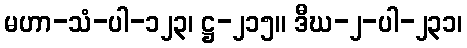
မဟာ-သံ-ပါ-၁၂၃၊ ဋ္ဌ-၂၁၅။ ဒီဃ-၂-ပါ-၂၃၁၊